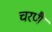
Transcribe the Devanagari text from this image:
चरणै